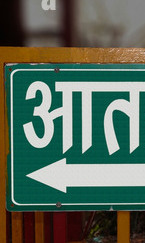
Language: marathi
Transcription: आत